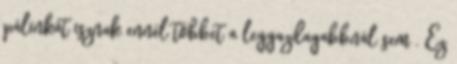
pálinkát isznak ennél többet a leggazdagabbnál sem . Ez